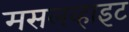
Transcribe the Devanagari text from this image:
मसलव्हाइट